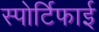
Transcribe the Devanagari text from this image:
स्पोर्टिफाई